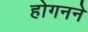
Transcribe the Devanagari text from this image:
होगनने